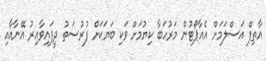
އާތިފް އަސްލަމަށް އެއާޕޯޓުން މަރުހަބާ ކިޔުމަށް ވަކި ބަޔަކަށް ފުުރުސަތު ދީފައިވާއިރު އޭނާއާއި